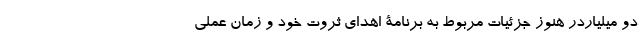
دو میلیاردر هنوز جزئیات مربوط به برنامۀ اهدای ثروت خود و زمان عملی